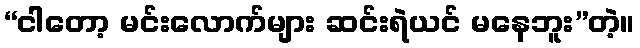
“ငါတော့ မင်းလောက်များ ဆင်းရဲယင် မနေဘူး”တဲ့။